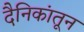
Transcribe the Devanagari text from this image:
दैनिकांतून